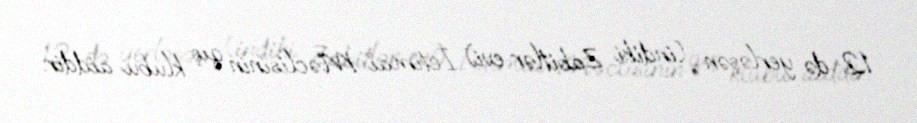
12-də yerləşən (indiki Zabitlər evi) İctimai Məclisinin qış klubu aiddir.